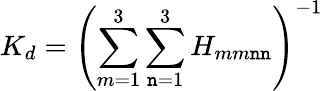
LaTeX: K_{d}=\left(\sum_{m=1}^{3}\sum_{\mathtt{n}=1}^{3}H_{mm\mathtt{n}\mathtt{n}}\right)^{-1}